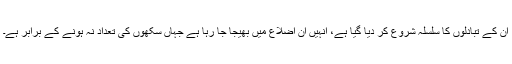
ان کے تبادلوں کا سلسلہ شروع کر دیا گیا ہے، انہیں ان اضلاع میں بھیجا جا رہا ہے جہاں سکھوں کی تعداد نہ ہونے کے برابر ہے۔